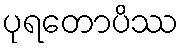
ပုရတောပိဿ